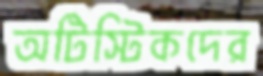
অটিস্টিকদের